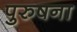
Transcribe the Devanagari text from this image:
पुरुषना